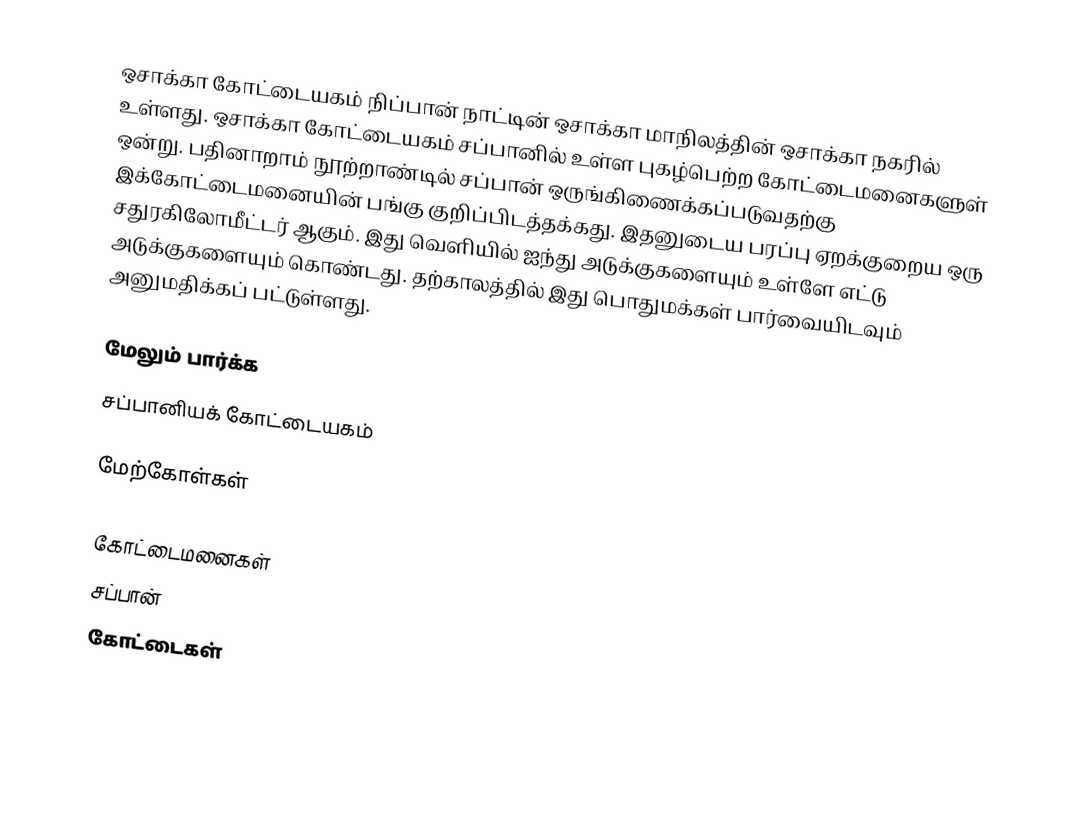
ஒசாக்கா கோட்டையகம் நிப்பான் நாட்டின் ஒசாக்கா மாநிலத்தின் ஒசாக்கா நகரில் உள்ளது. ஒசாக்கா கோட்டையகம் சப்பானில் உள்ள புகழ்பெற்ற கோட்டைமனைகளுள் ஒன்று. பதினாறாம் நூற்றாண்டில் சப்பான் ஒருங்கிணைக்கப்படுவதற்கு இக்கோட்டைமனையின் பங்கு குறிப்பிடத்தக்கது. இதனுடைய பரப்பு ஏறக்குறைய ஒரு சதுரகிலோமீட்டர் ஆகும். இது வெளியில் ஐந்து அடுக்குகளையும் உள்ளே எட்டு அடுக்குகளையும் கொண்டது. தற்காலத்தில் இது பொதுமக்கள் பார்வையிடவும் அனுமதிக்கப் பட்டுள்ளது.

மேலும் பார்க்க
 சப்பானியக் கோட்டையகம்

மேற்கோள்கள்

கோட்டைமனைகள்
சப்பான்
கோட்டைகள்